King Institute of Preventive Medicine Micro-Biological Section reports 1912-19
Year: 1912
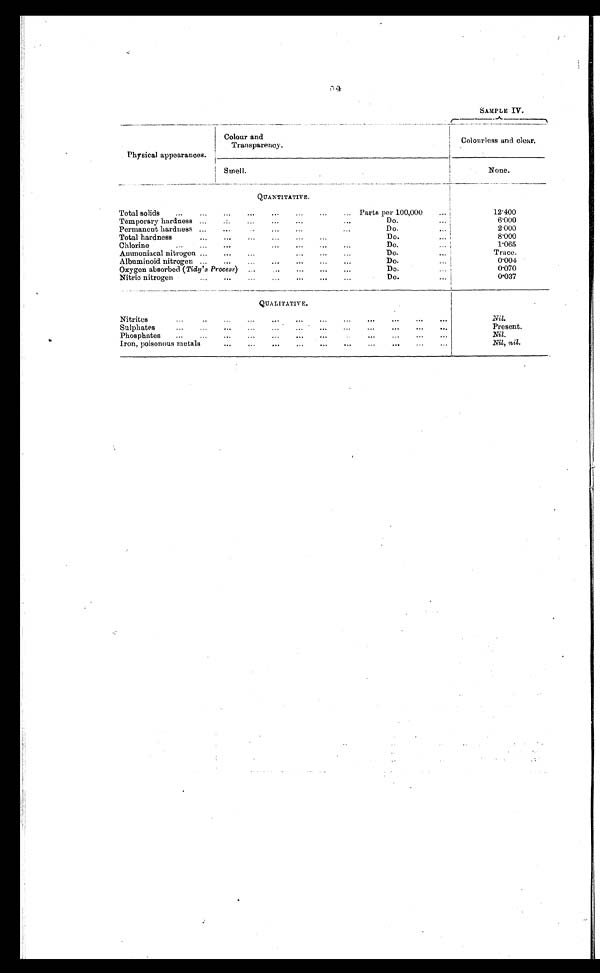
84
SAMPLE IV.
Physical appearances.
Colour and Transparency. Colourless and clear.
Smell.
None.
QUANTITATIVE.
Total solids . . .
Parts per 100,000 . . .
12.400
Temporary hardness . . .
Do. . . .
6.000
2.000
Permanent hardness . . .
Do. . . .
8.000
Total hardness . . .
Do. . . .
1.065
Chlorine . . .
Do. . . .
Trace.
Ammoniacal nitrogen . . .
Do. . . .
0.004
Albuminoid nitrogen . . .
Do. . . .
Oxygen absorbed (Tidy's Process) . . .
Do. . . .
0.070
Do. . . .
0.037
Nitric nitrogen . . .
QUA LITATIV E.
Nitrites . . .
Nil.
Sulphates . . .
Present.
Phosphates . . .
Nil.
Iron, poisonous metals . . .
Nil, nil.